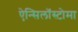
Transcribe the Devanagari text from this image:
ऐन्सिलॉस्टोमा